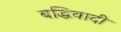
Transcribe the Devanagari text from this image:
बद्धिवादी